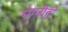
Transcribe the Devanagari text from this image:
मगरीही